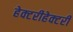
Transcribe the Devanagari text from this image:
हेक्टरीहेक्टरी